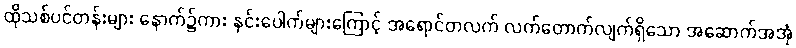
ထိုသစ်ပင်တန်းများ နောက်၌ကား နှင်းပေါက်များကြောင့် အရောင်တလက် လက်တောက်လျက်ရှိသော အဆောက်အအုံ